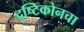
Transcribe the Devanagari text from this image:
दृष्टिकोनचा